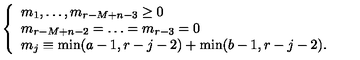
\left\{ \begin{array} { l } { m _ { 1 } , \ldots , m _ { r - M + n - 3 } \geq 0 } \\ { m _ { r - M + n - 2 } = \ldots = m _ { r - 3 } = 0 } \\ { m _ { j } \equiv \min ( a - 1 , r - j - 2 ) + \min ( b - 1 , r - j - 2 ) . } \\ \end{array} \right.